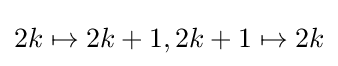
2k\mapsto 2k+1,2k+1\mapsto 2k